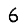
Digit: 6